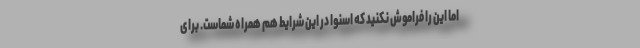
اما این را فراموش نکنید که اسنوا در این شرایط هم همراه شماست. برای